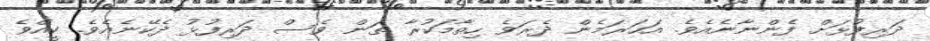
ދަރިފުޅަށް ފެންނާނެއެވެ. އަހަރަމެން ދެރަވެ ހިތާމަކުރާ ތަން ވެސް ދަރިފުޅު ދެކޭނެއެވެ. ކީއްވެ